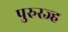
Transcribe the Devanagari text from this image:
पुरुस्ज्ह